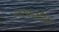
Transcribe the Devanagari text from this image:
लखनसिंह